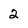
Character: 2